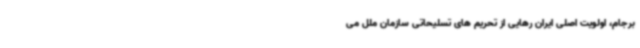
برجام، اولویت اصلی ایران رهایی از تحریم های تسلیحاتی سازمان ملل می